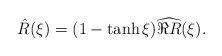
LaTeX: \begin{align*} \hat R(\xi) = (1 - \tanh \xi) \widehat{\Re R}(\xi). \end{align*}